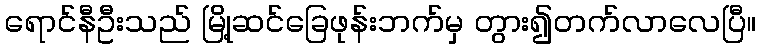
ရောင်နီဦးသည် မြို့ဆင်ခြေဖုန်းဘက်မှ တွား၍တက်လာလေပြီ။